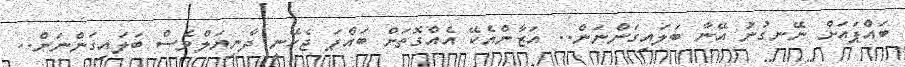
ބައްޕައަށް ނޭނގުނު އޭނާ ބަލައިގަންނަން.. އަޒާންއެކޭ އެއްގޮތަށް ބައްޕަ ޖެހޭނީ ދާނިޔަލްވެސް ބަލައިގަންނަން..